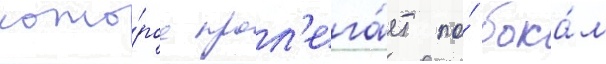
кото́рое прол'ега́ет по́ бока́м